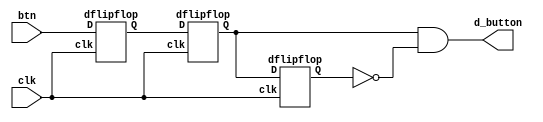
`timescale 1ns / 1ps
//////////////////////////////////////////////////////////////////////////////////
// Company: 
// Engineer: 
// 
// Design Name: 
// Module Name:    debounce 
// Project Name: 
// Target Devices: 
// Tool versions: 
// Description: 
//
// Dependencies: 
//
// Revision: 
// Revision 0.01 - File Created
// Additional Comments: 
//
//////////////////////////////////////////////////////////////////////////////////
 
module debounce(input btn, input clk,output d_button);
wire out1;
wire out2;
wire out3;
dflipflop d1(.clk(clk),.D(btn),.Q(out1));
dflipflop d2(.clk(clk),.D(out1),.Q(out2));
dflipflop d3(.clk(clk),.D(out2),.Q(out3));

assign d_button= out2 & ~out3; 
endmodule




module dflipflop(input clk,input D,output reg Q);
	always @(posedge clk)begin
		Q<=D;
	end
endmodule